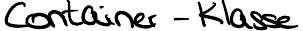
Container - Klasse